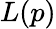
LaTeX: L(p)